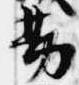
勘